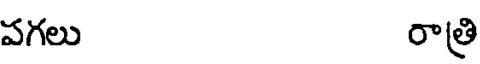
పగలు రాత్రి